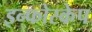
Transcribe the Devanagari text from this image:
इन्फोस्केप